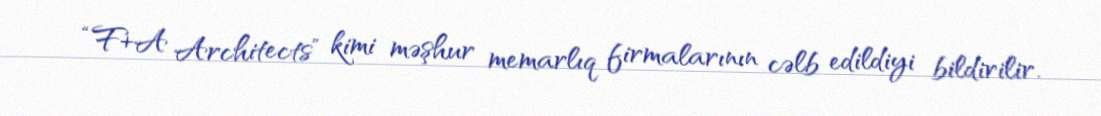
“F+A Architects” kimi məşhur memarlıq firmalarının cəlb edildiyi bildirilir.